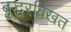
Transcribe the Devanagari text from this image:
बुद्धरविखत